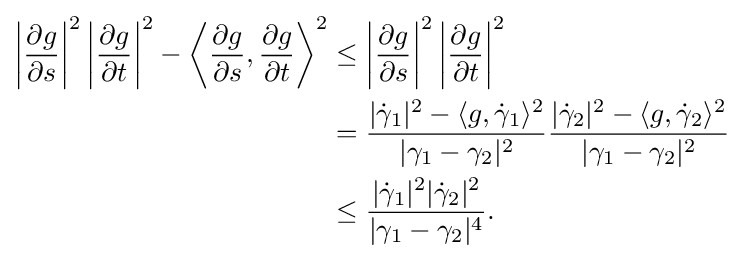
{\begin{aligned}\left|{\frac {\partial g}{\partial s}}\right|^{2}\left|{\frac {\partial g}{\partial t}}\right|^{2}-\left\langle {\frac {\partial g}{\partial s}},{\frac {\partial g}{\partial t}}\right\rangle ^{2}&\leq \left|{\frac {\partial g}{\partial s}}\right|^{2}\left|{\frac {\partial g}{\partial t}}\right|^{2}\\&={\frac {|{\dot {\gamma }}_{1}|^{2}-\langle g,{\dot {\gamma }}_{1}\rangle ^{2}}{|\gamma _{1}-\gamma _{2}|^{2}}}{\frac {|{\dot {\gamma }}_{2}|^{2}-\langle g,{\dot {\gamma }}_{2}\rangle ^{2}}{|\gamma _{1}-\gamma _{2}|^{2}}}\\&\leq {\frac {|{\dot {\gamma }}_{1}|^{2}|{\dot {\gamma }}_{2}|^{2}}{|\gamma _{1}-\gamma _{2}|^{4}}}.\end{aligned}}